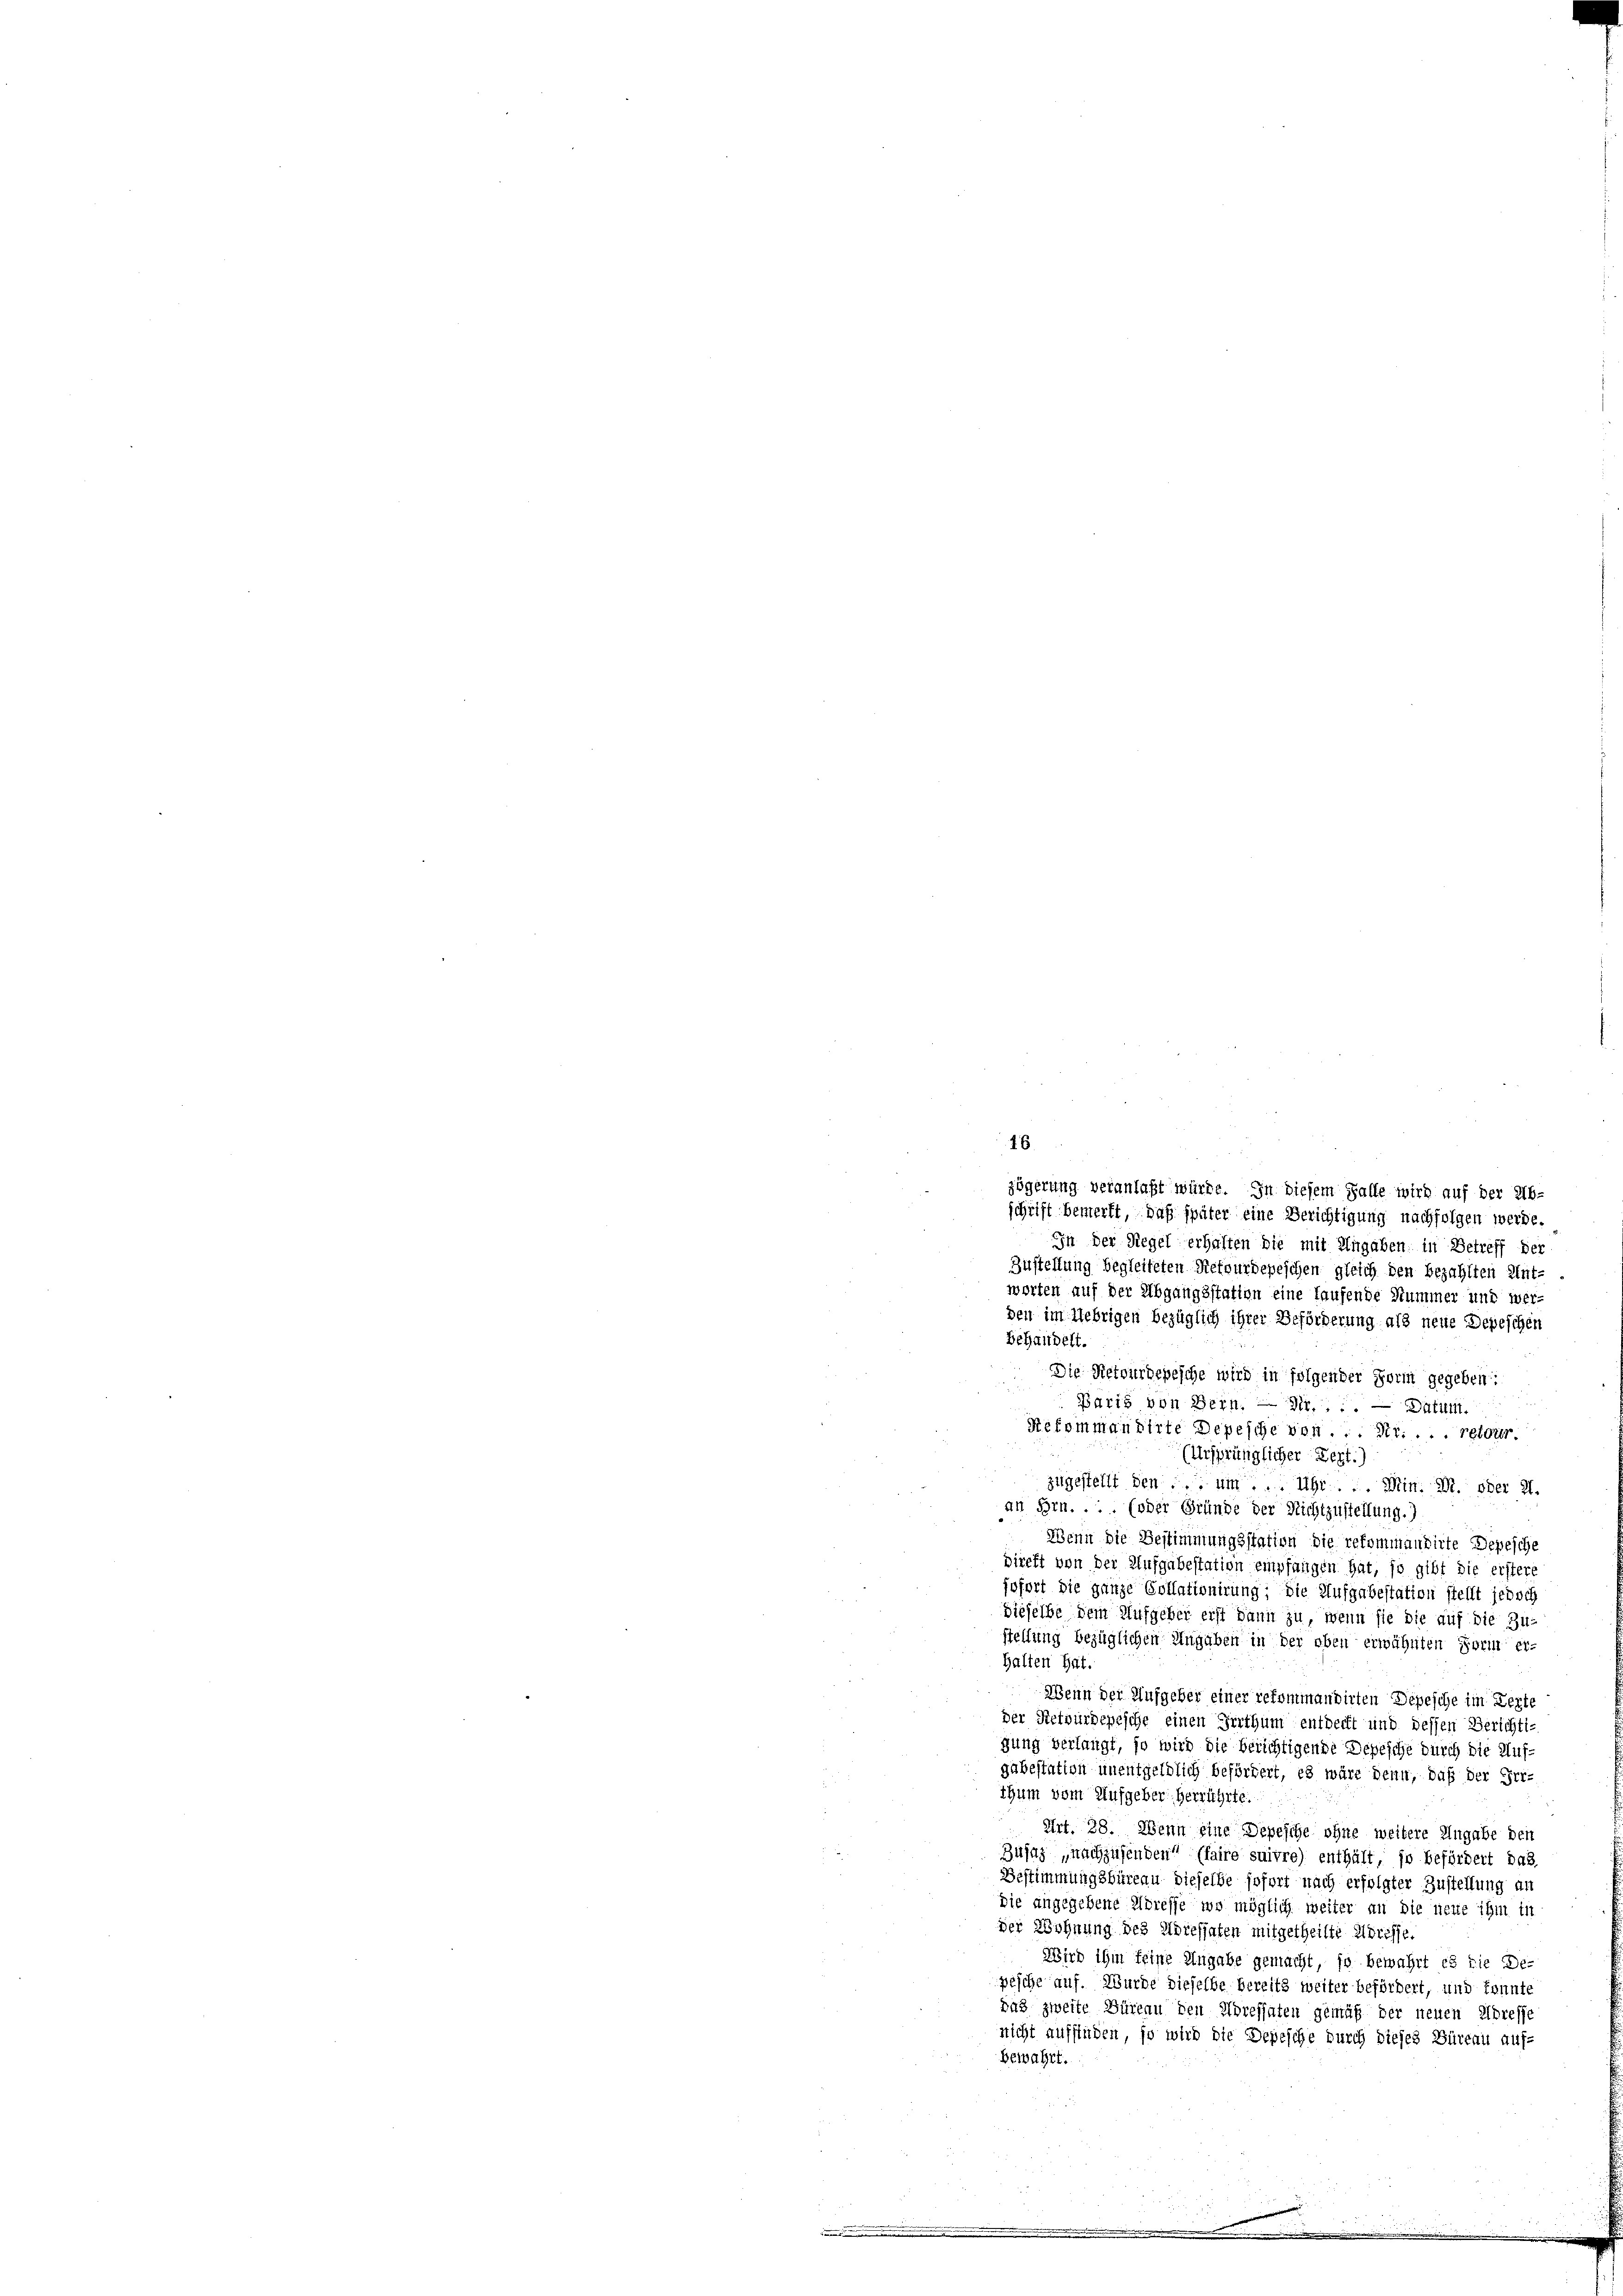
16

zögerung veranlaßt würde. In diesem Falle wird auf der Ab-
schrift bemerkt, daß später eine Berichtigung nachfolgen werde
In der Regel erhalten die mit Ungaben in Betreff der
Zustellung begleiteten Retourdepeschen gleich den bezahlten Ant-
worten auf der Abgangsstation eine laufende Nummer und wer-
den im Uebrigen bezüglich ihrer Beförderung als neue Depeschen
Behandelt.
Die Retourdepesche wird in folgender Form gegeben:
Paris von Bern. — Gr. — Datum.
Refommandirte Depesche von ... Nr. . . . retour.
(Ursprünglicher Lezt.)
i
zugestellt den ... um ... Uhr ... Min. Dr. ober 2.
an Hrn. ... (oder Gründe der Richtzustellung.)
Wenn die Bestimmungsstation die rekommandirte Depesche
Direkt von der Aufgabestation empfangen hat, so gibt die erstere
jofort die ganze Collationirung; die Aufgabestation stellt jedoch
dieselbe dem Aufgeber erst dann zu, wenn sie die auf die Zu-
stellung bezüglichen Angaben in der oben erwähnten Form erhalten hat.
¬
Wenn der Aufgeber einer rekommandirten Depesche im Zerte
der Rietwürdepesche einen Irrthum entdeckt und dessen Berichtigung verlangt, so wird die berichtigende Depesche durch die Aufgubestation unentgeldlich befördert, es wäre denn, daß der Fer-
thum vom Aufgeber herrührte.
Art. 28. Wenn eine Depesche ohne weitere Angabe den
Busaz nachzusenden (faire suivre) enthält, so befördert das
Bestimmungsbüreau dieselbe sofort nach erfolgter Zustellung an
die angegebene Adresse, wo möglich weiter an die neue ihm in
der Wohnung des Adressaten mitgetheilte Adresse.
Wird ihm feine Angabe gemacht, so bewahrt es die De-
pesche auf. Wurde dieselbe bereits weiter befördert, und kannte
Das zweite Büreau den Adressaten gemäß der neuen Adresse
nicht auffinden, so wird die Depesche durch dieses Büreau auf-
bewahrt.